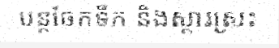
បន្តចែកទឹក និងស្តារស្រះ